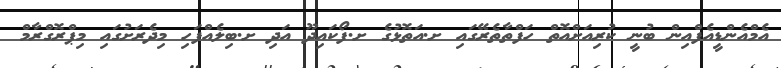
އެމްއެންޑީއެފްއިން ބުނީ ކުރިއަށްއޮތް ހަފްތާތެރޭގައި ށ.އަތޮޅުގެ ށ.ފޯކައިދޫ އަދި ށ.ބިލެއްފަހި މިދެރަށުގައި މިޕްރޮގްރާމް